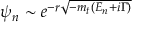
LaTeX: \psi _ { n } \sim e ^ { - r \sqrt { - m _ { t } ( E _ { n } + i \Gamma ) } }